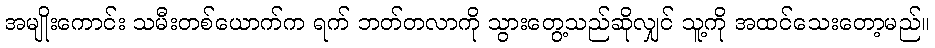
အမျိုးကောင်း သမီးတစ်ယောက်က ရက် ဘတ်တလာကို သွားတွေ့သည်ဆိုလျှင် သူ့ကို အထင်သေးတော့မည်။